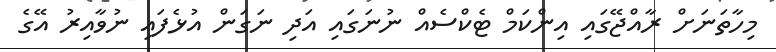
މިހާތަނަށް ރާއްޖޭގައި އިންކަމް ޓެކްސެއް ނުނަގައި އަދި ނަގަން އުޅެފައި ނުވާއިރު އޭގެ